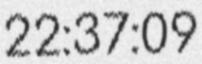
22:37:09